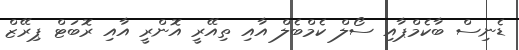
ޑެނިސް ބާކެމްޕާއި ސޯލް ކެމްބެލް އާއި ތިއޭރީ އޮންރީ އާއި ރޮބަޓް ޕިރޭޒް